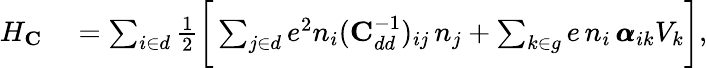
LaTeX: \begin{array}{rl}{H_{\mathrm{\textbf{C}}}}&{{}=\sum_{i\in d}\frac{1}{2}\bigg[\sum_{j\in d}e^{2}n_{i}(\mathrm{\textbf{C}}_{dd}^{-1})_{ij}\, n_{j}+\sum_{k\in g}e\, n_{i}\, \pmb{\alpha}_{ik}V_{k}\bigg],}\end{array}